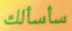
سأسألك